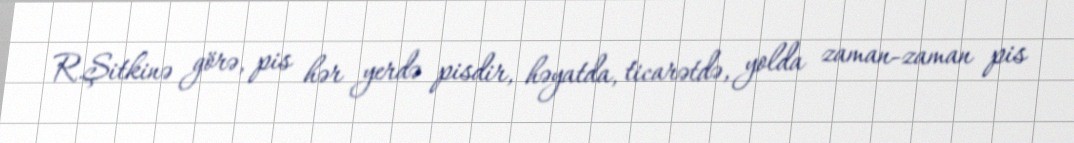
R.Şitkinə görə, pis hər yerdə pisdir, həyatda, ticarətdə, yolda zaman-zaman pis